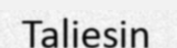
Taliesin